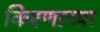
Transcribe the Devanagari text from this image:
किरणाच्या